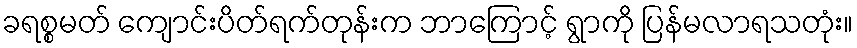
ခရစ္စမတ် ကျောင်းပိတ်ရက်တုန်းက ဘာကြောင့် ရွာကို ပြန်မလာရသတုံး။